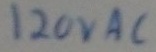
Text: 120VAC